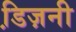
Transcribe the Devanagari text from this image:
डि़ज़नी